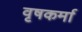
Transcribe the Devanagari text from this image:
वृषकर्मा